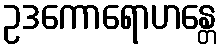
ဥဒကောရောဟန္တေ